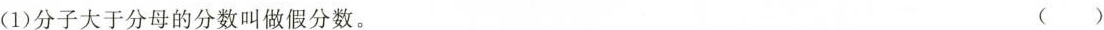
(1)分子大于分母的分数叫做假分数。 ( )